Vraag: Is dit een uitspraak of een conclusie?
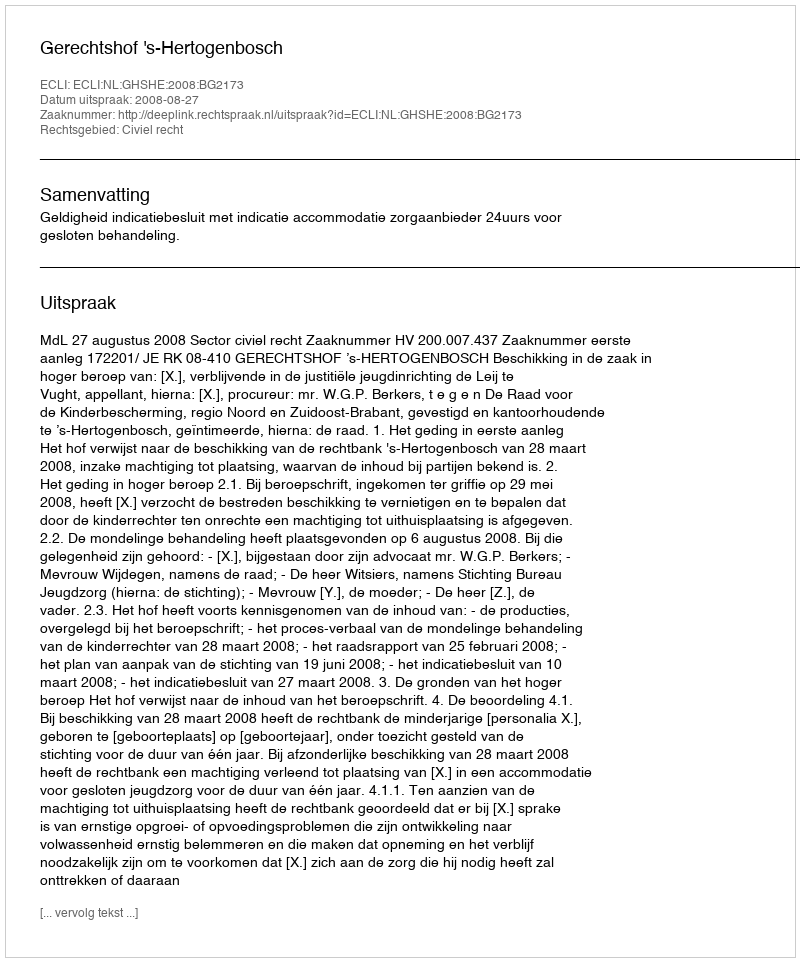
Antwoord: Uitspraak